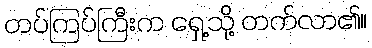
တပ်ကြပ်ကြီးက ရှေ့သို့ တက်လာ၏။